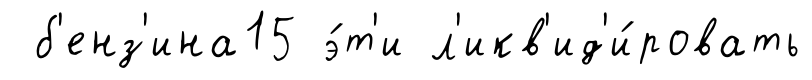
б'енз'ина15 э́т'и л'икв'ид'и́ровать